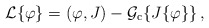
\begin{align*}{\cal{L}} \{ \varphi \} = ( \varphi , J) - {\cal{G}}_{\rm c} \{ J \{ \varphi \} \} \, , \end{align*}